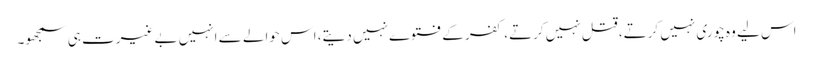
اس لیے وہ چوری نہیں کرتے، قتل نہیں کرتے، کفر کے فتوے نہیں دیتے، اس حوالے سے انہیں بے غیرت ہی سمجھو۔